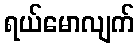
ရယ်မောလျက်